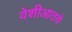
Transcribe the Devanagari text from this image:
वेशीआतचे